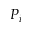
P _ { i }